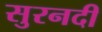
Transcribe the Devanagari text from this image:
सुरनदी